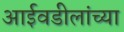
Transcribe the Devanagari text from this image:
आईवडीलांच्या